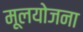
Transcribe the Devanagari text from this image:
मूलयोजना